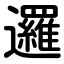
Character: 邏